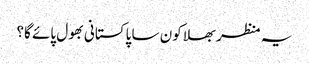
یہ منظر بھلا کون سا پاکستانی بھول پائے گا؟